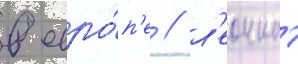
в евро́п'е / л'еоннат